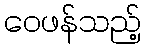
ဝေဖန်သည့်